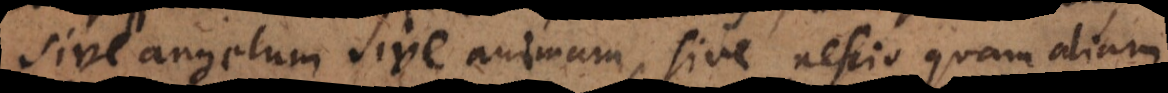
sive angelum sive animam, sive nescio quam aliam